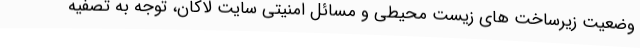
وضعیت زیرساخت های زیست محیطی و مسائل امنیتی سایت لاکان، توجه به تصفیه